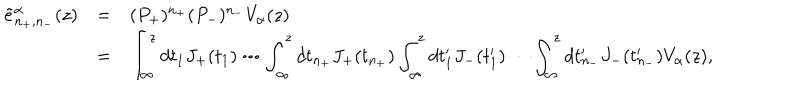
\begin{array} { r c l } { { \tilde { e } _ { n _ { + } , n _ { - } } ^ { \alpha } ( z ) } } & { { = } } & { { ( P _ { + } ) ^ { n _ { + } } ( P _ { - } ) ^ { n _ { - } } V _ { \alpha } ( z ) } } \\ { { } } & { { = } } & { { \displaystyle \int _ { \infty } ^ { z } d t _ { 1 } J _ { + } ( t _ { 1 } ) \cdots \int _ { \infty } ^ { z } d t _ { n _ { + } } J _ { + } ( t _ { n _ { + } } ) \int _ { \infty } ^ { z } d t _ { 1 } ^ { \prime } J _ { - } ( t _ { 1 } ^ { \prime } ) \cdots \int _ { \infty } ^ { z } d t _ { n _ { - } } ^ { \prime } J _ { - } ( t _ { n _ { - } } ^ { \prime } ) V _ { \alpha } ( z ) , } } \\ \end{array}